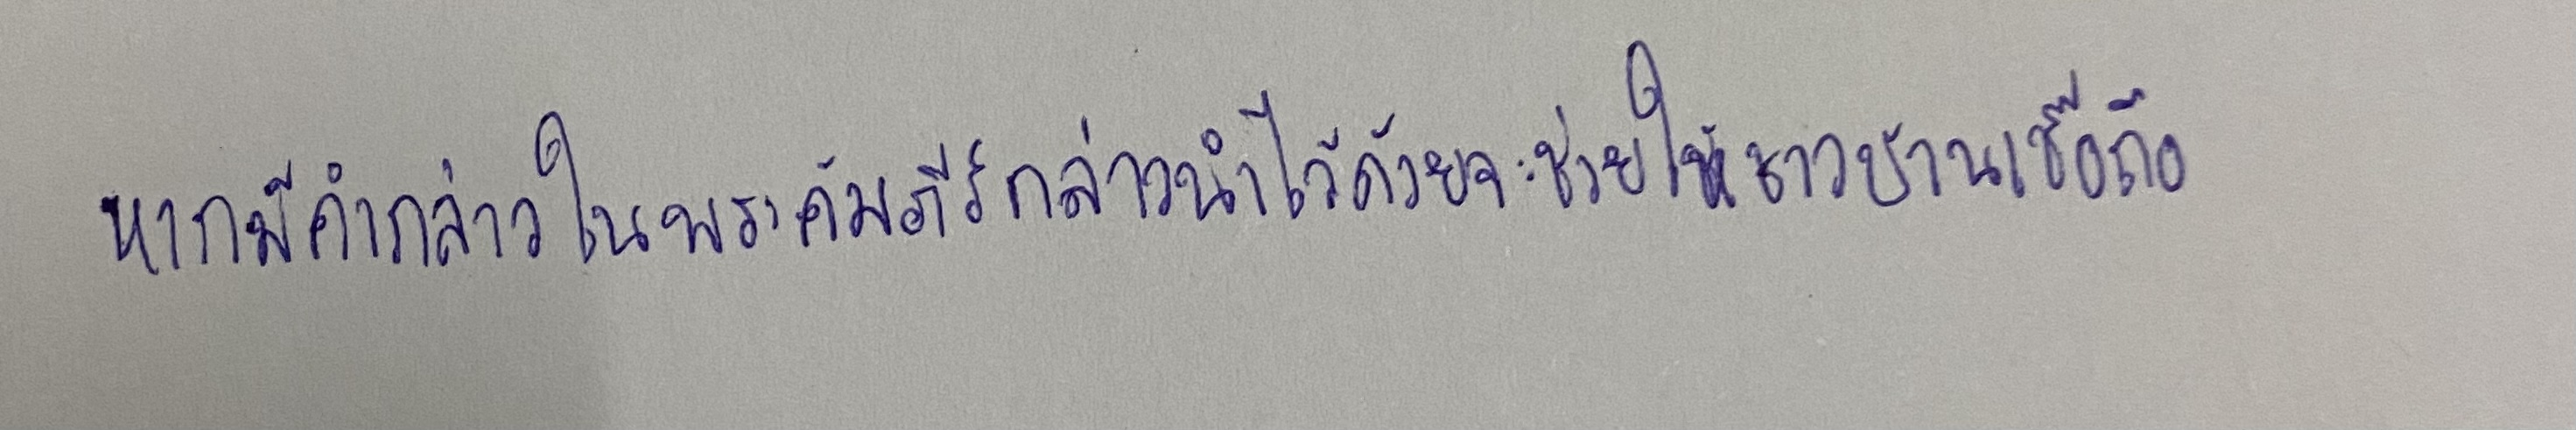
หากมีคำกล่าวในพระคัมภีร์กล่าวนำไว้ด้วยจะช่วยให้ชาวบ้านเชื่อถือ